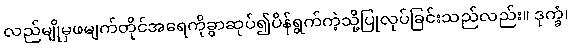
လည်မျိုမှဖမျက်တိုင်အရေကိုခွာဆုပ်၍ပိန်ရွက်ကဲ့သို့ပြုလုပ်ခြင်းသည်လည်း။ ဒုက္ခံ၊